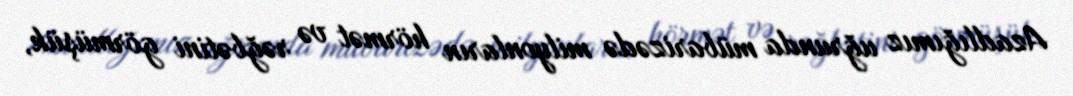
Azadlığımız uğrunda mübarizədə milyonların hörmət və rəğbətini görmüşük,